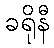
ခရိုနီ